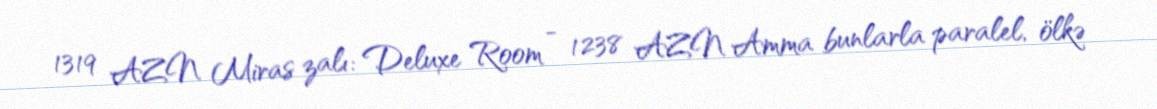
1319 AZN Miras zalı: Deluxe Room - 1238 AZN Amma bunlarla paralel, ölkə